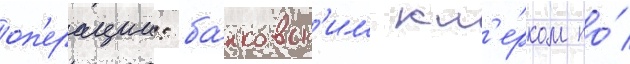
оп'ерации: ба́нковск'им кл'е́рком по́